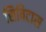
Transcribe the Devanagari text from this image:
सिविटास